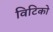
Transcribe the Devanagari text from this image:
विटिको